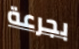
بجرعة